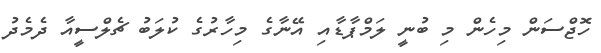
ހޮޖްސަން މިހެން މި ބުނީ ލަމްޕާޑާއި އޭނާގެ މިހާރުގެ ކުލަބު ޗެލްސީއާ ދެމެދު